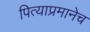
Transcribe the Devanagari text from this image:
पित्याप्रमानेच